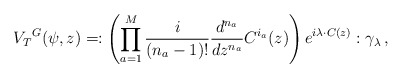
\begin{align*}{V_T}^G(\psi,z)=:\left(\prod^M_{a=1}{i\over(n_a-1)!}{d^{n_a}\over dz^{n_a}}C^{i_a}(z)\right)e^{i\lambda\cdot C(z)}:\gamma_\lambda\,,\end{align*}